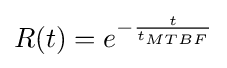
R(t)=e^{-{\frac {t}{t_{MTBF}}}}